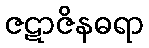
ဇဋာဇိနဓရာ